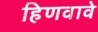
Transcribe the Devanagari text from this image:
हिणवावे